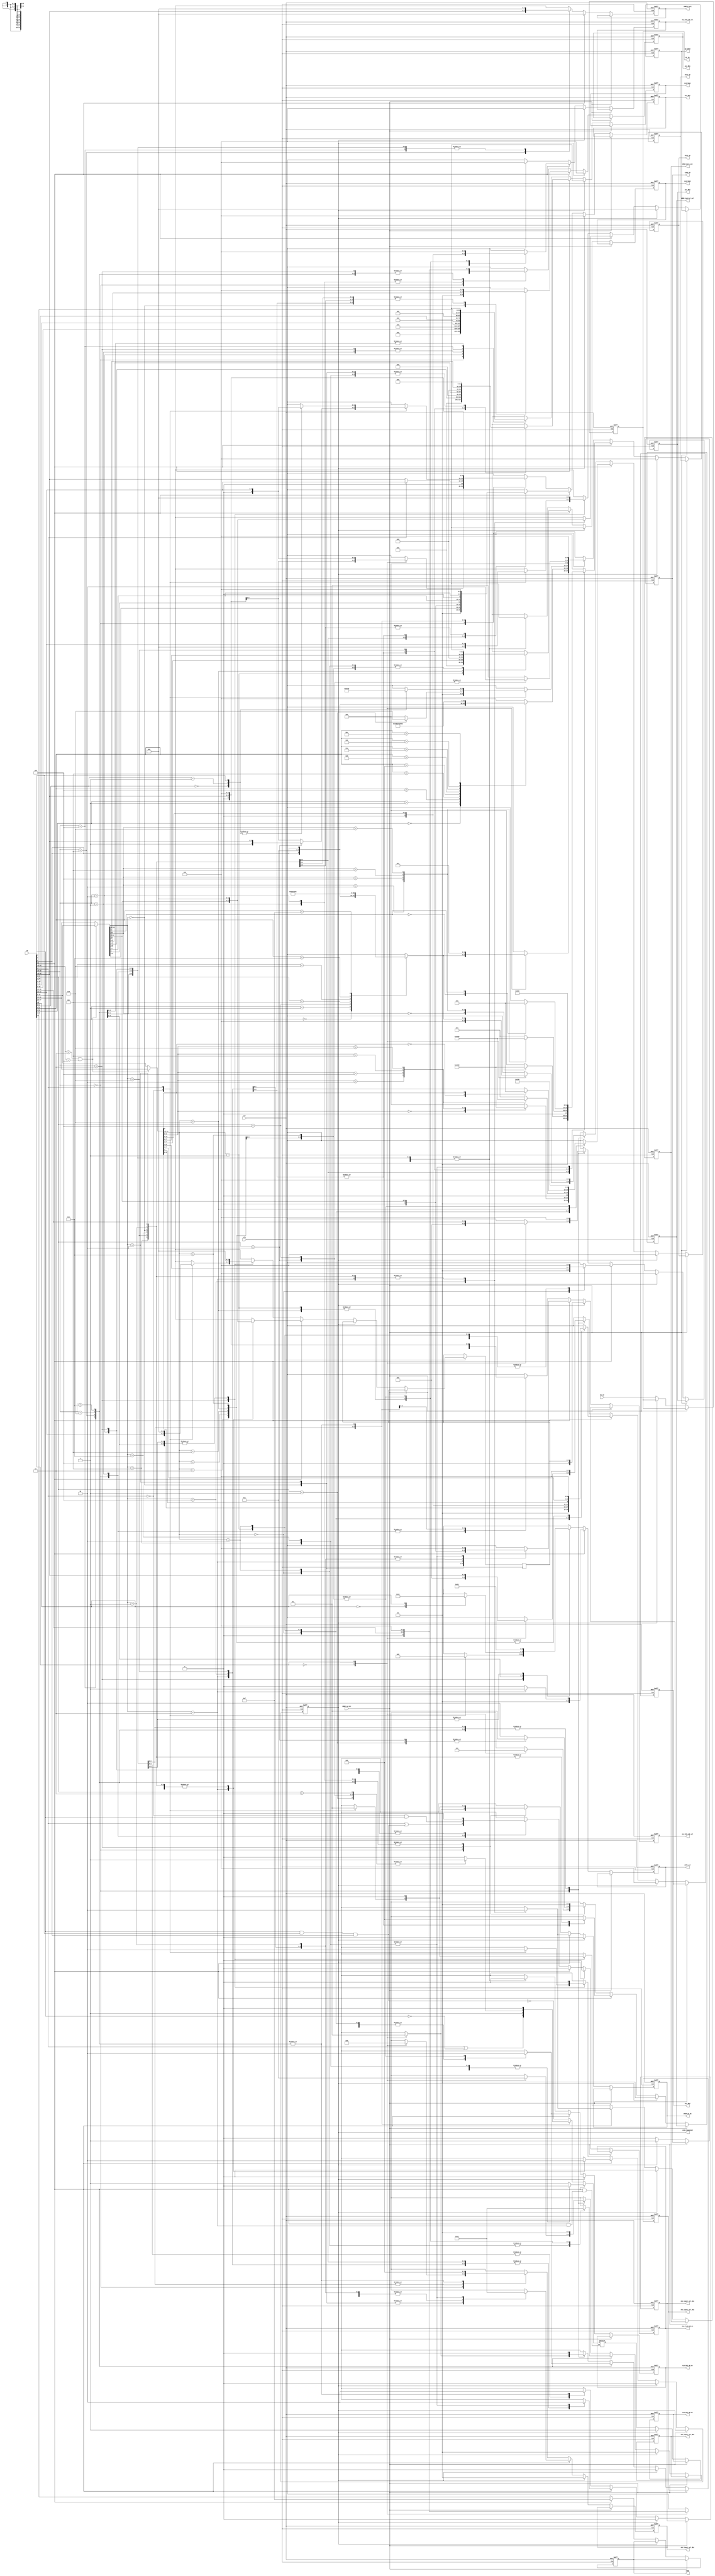
`timescale 1ns / 1ps
//////////////////////////////////////////////////////////////////////////////////

// Design Name:    KH32 & KH16
// Module Name:    CPU_ID 
// Project Name:   Throughput Processor 
// Description:    This part is the Decoder of the CPU core
//
// Revision: 1.0v
//
//////////////////////////////////////////////////////////////////////////////////
module CPU_ID(
input wire clk,
input wire rst,
////////INPUT///////////

//input wire [0:0] ID_state_en, //No need, because of the no hit & FLUSH method.
input wire [31:0] PC_IF,
input wire [31:0] IR,


////////OUTPUT//////////
output reg [0:0] 	ALU_input_sel_Ra1,
output reg [1:0] 	ALU_input_sel_Rb1,
output reg [0:0] 	ALU_input_sel_Ra2,
output reg [1:0] 	ALU_input_sel_Rb2,
output reg [31:0] 	PC_ID,
output reg [3:0] 	COND,
output reg [4:0] 	ALU1_op,
output reg [4:0] 	ALU_Ra1,
output reg [4:0] 	ALU_Rb1,
output reg [31:0] 	ALU_Imm1,
output reg [4:0] 	ALU2_op,
output reg [4:0] 	ALU_Ra2,
output reg [4:0] 	ALU_Rb2,
output reg [31:0] 	ALU_Imm2,

output reg [4:0] 	ALU_Rd1_WB_sel,
output reg [0:0] 	ALU_Rd1_WB_en,
output reg [4:0] 	ALU_Rd2_WB_sel,
output reg [0:0] 	ALU_Rd2_WB_en,
output reg [0:0] 	ALU_FLAG_WB_en,
output reg [1:0] 	DMEM_Control_sel,
output reg [0:0] 	DMEM_ID_WE,
output reg [0:0] 	DMEM_Data_sel,
output reg [3:0] 	Rd_DMEM,//Memory data Register assign select
////////Program counter///////////
output reg [2:0] 	JUMP_sel,
output reg [3:0] 	JUMP_R_sel,
////////INPUT for LOAD/////////////
output reg [0:0] 	LOAD_EN, //for Load in second clock
output reg [0:0]  	LOAD_happened,
input wire [0:0] 	DMEM_no_hit


    );

reg [0:0] 	ALU_input_sel_Ra1_o;
reg [1:0] 	ALU_input_sel_Rb1_o;
reg [0:0] 	ALU_input_sel_Ra2_o;
reg [1:0] 	ALU_input_sel_Rb2_o;
reg [3:0] 	COND_o;
reg [4:0] 	ALU1_op_o;
reg [4:0] 	ALU_Ra1_o;
reg [4:0] 	ALU_Rb1_o;
reg [31:0] ALU_Imm1_o;
reg [4:0] 	ALU2_op_o;
reg [4:0] 	ALU_Ra2_o;
reg [4:0] 	ALU_Rb2_o;
reg [31:0] ALU_Imm2_o;

reg [4:0] 	ALU_Rd1_WB_sel_o;
reg [0:0] 	ALU_Rd1_WB_en_o;
reg [4:0] 	ALU_Rd2_WB_sel_o;
reg [0:0] 	ALU_Rd2_WB_en_o;
reg [0:0] 	ALU_FLAG_WB_en_o;
reg [1:0] 	DMEM_Control_sel_o;
reg [0:0] 	DMEM_ID_WE_o;
reg [0:0] 	DMEM_Data_sel_o;
reg [3:0] 	Rd_DMEM_o;//Memory data Register assign select
////////Program counter///////////
reg [2:0] 	JUMP_sel_o;
reg [3:0] 	JUMP_R_sel_o;
////////INPUT for LOAD/////////////
reg [0:0] 	LOAD_EN_o; //for Load in second clock

reg [15:0] IR16_first;  	// [31:16]
reg [15:0] IR16_second;	// [15:0]
////////Make ID know the LOAD happen
reg [0:0]  LOAD_happened_o;
//reg [0:0]  	LOAD_happened;
reg [3:0] 	LOAD_Rd_tmp_o;
reg [3:0] 	LOAD_Rd_tmp;
/*
parameter MOV = 4'b0000;
parameter ADD = 4'b0001;
parameter SUB = 4'b0010;
parameter AND = 4'b0011;
parameter OR  = 4'b0100;
parameter XOR = 4'b0101;
parameter NOT = 4'b0110;//MVN
parameter SHL = 4'b0111;
parameter SHR = 4'b1000;
parameter ROL = 4'b1001;
parameter ROR = 4'b1010;
parameter ASR = 4'b1011;
parameter MOVi = 4'b1100;
parameter MVHi = 4'b1101;
parameter MVLi = 4'b1110;
parameter MVF = 4'b1111;
*/

always @(posedge clk or negedge rst )
if(!rst)
begin
ALU_input_sel_Ra1 <= 1'b0;
ALU_input_sel_Rb1 <= 2'b0;
ALU_input_sel_Ra2<= 1'b0;
ALU_input_sel_Rb2 <= 2'b0;
PC_ID <= 32'b0;
COND <= 4'b0;
ALU1_op <= 5'b0;
ALU_Ra1 <= 5'b0;
ALU_Rb1 <= 5'b0;
ALU_Imm1 <= 32'b0;
ALU2_op <= 5'b0;
ALU_Ra2 <= 5'b0;
ALU_Rb2 <= 5'b0;
ALU_Imm2 <= 32'b0;

ALU_Rd1_WB_sel <= 5'b0;
ALU_Rd1_WB_en <= 1'b0;
ALU_Rd2_WB_sel <= 5'b0;
ALU_Rd2_WB_en<= 1'b0;
ALU_FLAG_WB_en<= 1'b0;
DMEM_Control_sel <= 2'b0;
DMEM_ID_WE<= 1'b0;
DMEM_Data_sel<= 1'b0;
Rd_DMEM <= 4'b0;//Memory data Register assign select
////////Program counter///////////
JUMP_sel <= 3'b001;
JUMP_R_sel <= 4'b0;
////////INPUT for LOAD/////////////
LOAD_EN<= 1'b0; //for Load in second clock
LOAD_happened <= 1'b0;

end
else
begin
	if(!DMEM_no_hit)
	begin
		if(LOAD_happened)  //write back the LOAD value to Register
		begin
		PC_ID <= PC_ID;
		ALU_input_sel_Ra1	<=	1'b0;
		ALU_input_sel_Rb1	<=	2'b0;
		ALU_input_sel_Ra2	<=	1'b0;
		ALU_input_sel_Rb2	<=	2'b0;
		COND				<=	COND; //
		ALU1_op				<=	5'b00000;
		ALU_Ra1				<=	5'b00000;
		ALU_Rb1				<=	5'b00000;
		ALU_Imm1			<=	32'b0;
		ALU2_op				<=	5'b00000;
		ALU_Ra2				<=	5'b00000;
		ALU_Rb2				<=	5'b00000;
		ALU_Imm2			<=	32'b0;
		ALU_Rd1_WB_sel		<=	{1'b0,LOAD_Rd_tmp};
		ALU_Rd1_WB_en		<=	1'b1;
		ALU_Rd2_WB_sel		<=	5'b00000;
		ALU_Rd2_WB_en		<=	1'b0;
		ALU_FLAG_WB_en		<=	1'b0;
		DMEM_Control_sel	<=	2'b0;
		DMEM_ID_WE			<=	1'b0;
		DMEM_Data_sel		<=	1'b0;
		Rd_DMEM				<=	4'b0000;
			////////Program counter///////////
		JUMP_sel			<=	JUMP_sel_o;
		JUMP_R_sel			<=	JUMP_R_sel_o;
			////////INPUT for LOAD/////////////
		LOAD_EN				<=	1; //for Load in second clock
		LOAD_happened		<=	1'b0;	
		
		end
		else
		begin
		PC_ID <= PC_IF;
		ALU_input_sel_Ra1	<=	ALU_input_sel_Ra1_o;
		ALU_input_sel_Rb1	<=	ALU_input_sel_Rb1_o;
		ALU_input_sel_Ra2	<=	ALU_input_sel_Ra2_o;
		ALU_input_sel_Rb2	<=	ALU_input_sel_Rb2_o;
		COND				<=	COND_o;
		ALU1_op				<=	ALU1_op_o;
		ALU_Ra1				<=	ALU_Ra1_o;
		ALU_Rb1				<=	ALU_Rb1_o;
		ALU_Imm1			<=	ALU_Imm1_o;
		ALU2_op				<=	ALU2_op_o;
		ALU_Ra2				<=	ALU_Ra2_o;
		ALU_Rb2				<=	ALU_Rb2_o;
		ALU_Imm2			<=	ALU_Imm2_o;
				
		ALU_Rd1_WB_sel		<=	ALU_Rd1_WB_sel_o;
		ALU_Rd1_WB_en		<=	ALU_Rd1_WB_en_o;
		ALU_Rd2_WB_sel		<=	ALU_Rd2_WB_sel_o;
		ALU_Rd2_WB_en		<=	ALU_Rd2_WB_en_o;
		ALU_FLAG_WB_en		<=	ALU_FLAG_WB_en_o;
		DMEM_Control_sel	<=	DMEM_Control_sel_o;
		DMEM_ID_WE			<=	DMEM_ID_WE_o;
		DMEM_Data_sel		<=	DMEM_Data_sel_o;
		Rd_DMEM				<=	Rd_DMEM_o;
			////////Program counter///////////
		JUMP_sel			<=	JUMP_sel_o;
		JUMP_R_sel			<=	JUMP_R_sel_o;
			////////INPUT for LOAD/////////////
		LOAD_EN				<=	0; //for Load in second clock
		LOAD_happened		<=	LOAD_happened_o;	
		LOAD_Rd_tmp			<=	LOAD_Rd_tmp_o;
		
		end
	end
end

always @(*)
begin
	if(IR[31]) // KH16
	begin
		COND_o = 4'b1111;
		if(IR[14:12] == 3'b011 || IR[14:12] == 3'b100) //STR & LDR have to compute in ALU1.
		begin
			IR16_first	=	IR[15:0];
			IR16_second	= 	IR[31:16];
		end
		else 
		begin
			IR16_first	=	IR[31:16];
			IR16_second	= 	IR[15:0];
		end
			ALU_FLAG_WB_en_o		=	1'b0;
			JUMP_sel_o				=	(IR16_first[14:12] == 3'b011)? 3'b001 : 3'b000;	
			JUMP_R_sel_o			=	4'b0000;
			case(IR16_first[14:12]) // compute in ALU1
				3'b000: //ALU
					begin
						case(IR16_first[2:0])
							3'b000:  //ADD
								begin
									ALU1_op_o 	= 	5'b00001;
								end
							3'b010:  //SUB
								begin
									ALU1_op_o 	= 	5'b00010;
								end
							3'b100:  //AND
								begin
									ALU1_op_o 	= 	5'b00011;
								end
							3'b101:  //OR
								begin
									ALU1_op_o 	= 	5'b00100;
								end
							3'b110:  //XOR
								begin
									ALU1_op_o 	= 	5'b00101;
								end
							default:
								begin
									ALU1_op_o 	= 	5'b00000;
								end
						endcase
						ALU_input_sel_Ra1_o		= 	1'b1;
						ALU_input_sel_Rb1_o		=	2'b01;
					//	ALU1_op_o 				= 	5'b00001;
						ALU_Ra1_o				=	{2'b0,IR16_first[8:6]};
						ALU_Rb1_o				=	{2'b0,IR16_first[5:3]};
						ALU_Imm1_o				=	32'b0;	
						ALU_Rd1_WB_sel_o		=	{2'b0,IR16_first[11:9]};
						ALU_Rd1_WB_en_o			=	1'b1;
						////////////////////////////////////
						DMEM_Control_sel_o		=	2'b00;
						DMEM_ID_WE_o			=	1'b0;
						DMEM_Data_sel_o			=	1'b0;
						Rd_DMEM_o				=	4'b0000;								
						LOAD_happened_o			= 	1'b0;	
						LOAD_Rd_tmp_o			=	4'b0;
					end
				3'b001: //SHF
					begin
						case(IR16_first[2:0])
							3'b000:  //SHL
								begin
									ALU1_op_o 	= 	5'b00111;
								end
							3'b010:  //SHR
								begin
									ALU1_op_o 	= 	5'b01000;
								end
							3'b100:  //ROL
								begin
									ALU1_op_o 	= 	5'b01001;
								end
							3'b101:  //ROR
								begin
									ALU1_op_o 	= 	5'b01010;
								end
							3'b110:  //ASR
								begin
									ALU1_op_o 	= 	5'b01011;
								end
							default:
								begin
									ALU1_op_o 	= 	5'b00111;
								end
						endcase
						ALU_input_sel_Ra1_o		= 	1'b1;
						ALU_input_sel_Rb1_o		=	2'b10;
					//	ALU1_op_o 				= 	5'b00001;
						ALU_Ra1_o				=	{1'b0,IR16_first[11:8]};
						ALU_Rb1_o				=	5'b00000;
						ALU_Imm1_o				=	{27'b0,IR16_first[7:3]};
						ALU_Rd1_WB_sel_o		=	{1'b0,IR16_first[11:8]};
						ALU_Rd1_WB_en_o			=	1'b1;
						////////////////////////////////////
						DMEM_Control_sel_o		=	2'b00;
						DMEM_ID_WE_o			=	1'b0;
						DMEM_Data_sel_o			=	1'b0;
						Rd_DMEM_o				=	4'b0000;								
						LOAD_happened_o			= 	1'b0;	
						LOAD_Rd_tmp_o			=	4'b0;
					end
				3'b010: //MOV
					begin
						case(IR16_first[0])
							1'b0:  //MOV
								begin
									ALU1_op_o 	= 	5'b00000;
								end
							1'b1:  //MVN
								begin
									ALU1_op_o 	= 	5'b00110;
								end
						endcase
						ALU_input_sel_Ra1_o		= 	1'b1;
						ALU_input_sel_Rb1_o		=	2'b01;
					//	ALU1_op_o 				= 	5'b00000;
						ALU_Ra1_o				=	{IR16_first[1],IR16_first[7:4]};
						ALU_Rb1_o				=	5'b00000;
						ALU_Imm1_o				=	32'b0;	
						ALU_Rd1_WB_sel_o		=	{IR16_first[2],IR16_first[11:8]};
						ALU_Rd1_WB_en_o			=	1'b1;
						////////////////////////////////////
						DMEM_Control_sel_o		=	2'b00;
						DMEM_ID_WE_o			=	1'b0;
						DMEM_Data_sel_o			=	1'b0;
						Rd_DMEM_o				=	4'b0000;								
						LOAD_happened_o			= 	1'b0;	
						LOAD_Rd_tmp_o			=	4'b0;
					end
				3'b011: //LDR
					begin
						ALU_input_sel_Ra1_o		= 	1'b1;
						ALU_input_sel_Rb1_o		=	2'b10; //Imm
						ALU1_op_o 				= 	5'b00001;
						ALU_Ra1_o				=	{1'b0,IR16_first[7:4]};
						ALU_Rb1_o				=	5'b00000;
						ALU_Imm1_o				=	{28'b0,IR16_first[3:0]};	
						ALU_Rd1_WB_sel_o		=	{1'b0,IR16_first[7:4]};  // first write back the address counting
						////////////////////////////////////
						DMEM_Control_sel_o		=	2'b10;
						DMEM_ID_WE_o			=	1'b0;
						DMEM_Data_sel_o			=	1'b0;
						Rd_DMEM_o				=	4'b0000;								
						LOAD_happened_o			= 	1'b1;
						LOAD_Rd_tmp_o			=	IR16_first[11:8];
					end
				3'b100: //STR
					begin
						ALU_input_sel_Ra1_o		= 	1'b1;
						ALU_input_sel_Rb1_o		=	2'b10; //Imm
						ALU1_op_o 				= 	5'b00001;
						ALU_Ra1_o				=	{1'b0,IR16_first[7:4]};
						ALU_Rb1_o				=	5'b00000;
						ALU_Imm1_o				=	{28'b0,IR16_first[3:0]};
						ALU_Rd1_WB_sel_o		=	{1'b0,IR16_first[11:8]};  // first write back the address counting
						ALU_Rd1_WB_en_o			=	1'b0;
						////////////////////////////////////
						DMEM_Control_sel_o		=	2'b10;
						DMEM_ID_WE_o			=	1'b1;
						DMEM_Data_sel_o			=	1'b1;
						Rd_DMEM_o				=	IR16_first[11:8];								
						LOAD_happened_o			= 	1'b0;
						LOAD_Rd_tmp_o			=	4'b0;
					end
				3'b101: //CUST2
					begin
						ALU_input_sel_Ra1_o		= 	1'b0;
						ALU_input_sel_Rb1_o		=	2'b00;
						ALU1_op_o 				= 	5'b00000;
						ALU_Ra1_o				=	5'b0;
						ALU_Rb1_o				=	5'b0;
						ALU_Imm1_o				=	32'b0;	
						ALU_Rd1_WB_sel_o		=	5'b0;
						ALU_Rd1_WB_en_o			=	1'b0;
						////////////////////////////////////
						DMEM_Control_sel_o		=	2'b00;
						DMEM_ID_WE_o			=	1'b0;
						DMEM_Data_sel_o			=	1'b0;
						Rd_DMEM_o				=	4'b0000;								
						LOAD_happened_o			= 	1'b0;	
						LOAD_Rd_tmp_o			=	4'b0;
					end
				3'b110: //MOVi
					begin
						ALU_input_sel_Ra1_o		= 	1'b1;
						ALU_input_sel_Rb1_o		=	2'b10;
						ALU1_op_o 				= 	5'b01100;
						ALU_Ra1_o				=	5'b00000;
						ALU_Rb1_o				=	5'b00000;
						ALU_Imm1_o				=	{24'b0,IR16_first[7:0]};	
						ALU_Rd1_WB_sel_o		=	{1'b0,IR16_first[11:8]};
						ALU_Rd1_WB_en_o			=	1'b1;
						////////////////////////////////////
						DMEM_Control_sel_o		=	2'b00;
						DMEM_ID_WE_o			=	1'b0;
						DMEM_Data_sel_o			=	1'b0;
						Rd_DMEM_o				=	4'b0000;								
						LOAD_happened_o			= 	1'b0;	
						LOAD_Rd_tmp_o			=	4'b0;
					end
				3'b111: //CUST3
					begin
						ALU_input_sel_Ra1_o		= 	1'b0;
						ALU_input_sel_Rb1_o		=	2'b00;
						ALU1_op_o 				= 	5'b00000;
						ALU_Ra1_o				=	5'b0;
						ALU_Rb1_o				=	5'b0;
						ALU_Imm1_o				=	32'b0;	
						ALU_Rd1_WB_sel_o		=	5'b0;
						ALU_Rd1_WB_en_o			=	1'b0;
						////////////////////////////////////
						DMEM_Control_sel_o		=	2'b00;
						DMEM_ID_WE_o			=	1'b0;
						DMEM_Data_sel_o			=	1'b0;
						Rd_DMEM_o				=	4'b0000;								
						LOAD_happened_o			= 	1'b0;	
						LOAD_Rd_tmp_o			=	4'b0;
					end
			endcase
			
			
			case(IR16_second[14:12]) // compute in ALU2
				3'b000: //ALU
					begin
						case(IR16_second[2:0])
							3'b000:  //ADD
								begin
									ALU2_op_o 	= 	5'b00001;
								end
							3'b010:  //SUB
								begin
									ALU2_op_o 	= 	5'b00010;
								end
							3'b100:  //AND
								begin
									ALU2_op_o 	= 	5'b00011;
								end
							3'b101:  //OR
								begin
									ALU2_op_o 	= 	5'b00100;
								end
							3'b110:  //XOR
								begin
									ALU2_op_o 	= 	5'b00101;
								end
							default:
								begin
									ALU2_op_o 	= 	5'b00000;
								end
						endcase
					
						ALU_input_sel_Ra2_o		=	1'b1;
						ALU_input_sel_Rb2_o		=	2'b01;
					//	ALU2_op_o				=	{5'b0};
						ALU_Ra2_o				=	{2'b0,IR16_second[8:6]};
						ALU_Rb2_o				=	{2'b0,IR16_second[5:3]};
						ALU_Imm2_o				=	{32'b0};		
						ALU_Rd2_WB_sel_o		= 	{2'b0,IR16_second[11:9]};
						ALU_Rd2_WB_en_o			=	1'b1;
					end
				3'b001: //SHF
					begin
						case(IR16_second[2:0])
							3'b000:  //SHL
								begin
									ALU2_op_o 	= 	5'b00111;
								end
							3'b010:  //SHR
								begin
									ALU2_op_o 	= 	5'b01000;
								end
							3'b100:  //ROL
								begin
									ALU2_op_o 	= 	5'b01001;
								end
							3'b101:  //ROR
								begin
									ALU2_op_o 	= 	5'b01010;
								end
							3'b110:  //ASR
								begin
									ALU2_op_o 	= 	5'b01011;
								end
							default:
								begin
									ALU2_op_o 	= 	5'b00111;
								end
						endcase
						ALU_input_sel_Ra2_o		=	1'b1;
						ALU_input_sel_Rb2_o		=	2'b10;
					//	ALU2_op_o				=	{5'b0};
						ALU_Ra2_o				=	{1'b0,IR16_second[11:8]};
						ALU_Rb2_o				=	5'b00000;
						ALU_Imm2_o				=	{27'b0,IR16_second[7:3]};		
						ALU_Rd2_WB_sel_o		= 	{1'b0,IR16_second[11:8]};
						ALU_Rd2_WB_en_o			=	1'b1;
					end
				3'b010: //MOV
					begin
						case(IR16_second[0])
							1'b0:  //MOV
								begin
									ALU2_op_o 	= 	5'b00000;
								end
							1'b1:  //MVN
								begin
									ALU2_op_o 	= 	5'b00110;
								end
						endcase
						ALU_input_sel_Ra2_o		=	1'b1;
						ALU_input_sel_Rb2_o		=	2'b01;
					//	ALU2_op_o				=	{5'b0};
						ALU_Ra2_o				=	{IR16_second[1],IR16_second[7:4]};
						ALU_Rb2_o				=	5'b00000;
						ALU_Imm2_o				=	32'b0;	
						ALU_Rd2_WB_sel_o		= 	{IR16_second[2],IR16_second[11:8]};
						ALU_Rd2_WB_en_o			=	1'b1;
					end
				3'b011: //LDR **Nothing happend here
					begin
						ALU_input_sel_Ra2_o		=	1'b0;
						ALU_input_sel_Rb2_o		=	2'b00;
						ALU2_op_o				=	{5'b0};
						ALU_Ra2_o				=	{5'b0};
						ALU_Rb2_o				=	{5'b0};
						ALU_Imm2_o				=	{32'b0};		
						ALU_Rd2_WB_sel_o		= 	{5'b0};
						ALU_Rd2_WB_en_o			=	1'b0;
					end
				3'b100: //STR **Nothing happend here
					begin
						ALU_input_sel_Ra2_o		=	1'b0;
						ALU_input_sel_Rb2_o		=	2'b00;
						ALU2_op_o				=	{5'b0};
						ALU_Ra2_o				=	{5'b0};
						ALU_Rb2_o				=	{5'b0};
						ALU_Imm2_o				=	{32'b0};		
						ALU_Rd2_WB_sel_o		= 	{5'b0};
						ALU_Rd2_WB_en_o			=	1'b0;
					end
				3'b101: //CUST2
					begin
						ALU_input_sel_Ra2_o		=	1'b0;
						ALU_input_sel_Rb2_o		=	2'b00;
						ALU2_op_o				=	{5'b0};
						ALU_Ra2_o				=	{5'b0};
						ALU_Rb2_o				=	{5'b0};
						ALU_Imm2_o				=	{32'b0};		
						ALU_Rd2_WB_sel_o		= 	{5'b0};
						ALU_Rd2_WB_en_o			=	1'b0;
					end
				3'b110: //MOVi
					begin
						ALU_input_sel_Ra2_o		=	1'b1;
						ALU_input_sel_Rb2_o		=	2'b10;
						ALU2_op_o				=	5'b01100;
						ALU_Ra2_o				=	{5'b0};
						ALU_Rb2_o				=	{5'b0};
						ALU_Imm2_o				=	{24'b0,IR16_second[7:0]};		
						ALU_Rd2_WB_sel_o		= 	{1'b0,IR16_second[11:8]};
						ALU_Rd2_WB_en_o			=	1'b1;
					end
				3'b111: //CUST3
					begin
						ALU_input_sel_Ra2_o		=	1'b0;
						ALU_input_sel_Rb2_o		=	2'b00;
						ALU2_op_o				=	{5'b0};
						ALU_Ra2_o				=	{5'b0};
						ALU_Rb2_o				=	{5'b0};
						ALU_Imm2_o				=	{32'b0};		
						ALU_Rd2_WB_sel_o		= 	{5'b0};
						ALU_Rd2_WB_en_o			=	1'b0;
					end
			endcase
	end
	
	
	else 		//KH32
	begin
		COND_o = IR[27:24];
		case(IR[30:28])
			3'b000: //ALU
				begin
					LOAD_Rd_tmp_o			=	4'b0;
					case(IR[11])
						1'b0:
							begin
								casex(IR[3:0]) // ALU1_op_o
									4'b?00? : //ADD
										begin
											ALU1_op_o = {IR[0],4'b0001};
										end
									4'b?01? : //SUB
										begin
											ALU1_op_o = {IR[0],4'b0010};
										end
									4'b?100 : //AND
										begin
											ALU1_op_o = 5'b00011;
										end
									4'b?101 : //OR
										begin
											ALU1_op_o = 5'b00100;
										end
									4'b?110 ://XOR
										begin
											ALU1_op_o = 5'b00101;
										end
									4'b0111://CMP
										begin
											ALU1_op_o = 5'b00010;
										end
									4'b1111://CMN
										begin
											ALU1_op_o = 5'b00001;
										end
								endcase	
								ALU_input_sel_Ra1_o		= 	1'b1;
								ALU_input_sel_Rb1_o		=	2'b01;
								ALU_input_sel_Ra2_o		=	1'b0;
								ALU_input_sel_Rb2_o		=	2'b00;
								ALU_Ra1_o				=	{1'b0,IR[19:16]};
								ALU_Rb1_o				=	{1'b0,IR[15:12]};
								ALU_Imm1_o				=	{25'b0,IR[10:4]};
								ALU2_op_o				=	{5'b0};
								ALU_Ra2_o				=	{5'b0};	
								ALU_Rb2_o				=	{5'b0};
								ALU_Imm2_o				=	{32'b0};		
								ALU_Rd1_WB_sel_o		=	{1'b0,IR[23:20]};
								ALU_Rd1_WB_en_o			=	~(IR[2] & IR[1] & IR[0]); 
								ALU_Rd2_WB_sel_o		= 	{5'b0};
								ALU_Rd2_WB_en_o			=	1'b0;
								ALU_FLAG_WB_en_o		=	IR[3] | (IR[2] & IR[1] & IR[0]);
								////////////////////////////////////
								DMEM_Control_sel_o		=	2'b00;
								DMEM_ID_WE_o			=	1'b0;
								DMEM_Data_sel_o			=	1'b0;
								Rd_DMEM_o				=	4'b0000;								
								JUMP_sel_o				=	3'b000;	
								JUMP_R_sel_o			=	4'b0000;
								LOAD_happened_o			= 	1'b0;
							end
						1'b1:
							begin
								casex(IR[3:0]) // ALU1_op_o
									4'b?00? : //ADD
										begin
											ALU2_op_o = {IR[0],4'b0001};
										end
									4'b?01? : //SUB
										begin
											ALU2_op_o = {IR[0],4'b0010};
										end
									4'b?100 : //AND
										begin
											ALU2_op_o = 5'b00011;
										end
									4'b?101 : //OR
										begin
											ALU2_op_o = 5'b00100;
										end
									4'b?110 ://XOR
										begin
											ALU2_op_o = 5'b00101;
										end
									4'b0111://CMP
										begin
											ALU2_op_o = 5'b00010;
										end
									4'b1111://CMN
										begin
											ALU2_op_o = 5'b00001;
										end
								endcase	
								ALU_input_sel_Ra1_o		= 	1'b1;
								ALU_input_sel_Rb1_o		=	2'b10;  // Imm
								ALU_input_sel_Ra2_o		=	1'b1;
								ALU_input_sel_Rb2_o		=	2'b01;  // R
								ALU1_op_o				=	{5'b00001};
								ALU_Ra1_o				=	{1'b0,IR[23:20]};
								ALU_Rb1_o				=	{5'b0};
								ALU_Imm1_o				=	{25'b0,IR[10:4]};
								ALU_Ra2_o				=	{1'b0,IR[19:16]};	
								ALU_Rb2_o				=	{1'b0,IR[15:12]};
								ALU_Imm2_o				=	{32'b0};		
								ALU_Rd1_WB_sel_o		=	{1'b0,IR[23:20]};
								ALU_Rd1_WB_en_o			=	~(IR[2] & IR[1] & IR[0]); 
								ALU_Rd2_WB_sel_o		= 	{5'b0};
								ALU_Rd2_WB_en_o			=	1'b0;
								ALU_FLAG_WB_en_o		=	IR[3] | (IR[2] & IR[1] & IR[0]);
								////////////////////////////////////
								DMEM_Control_sel_o		=	2'b10;
								DMEM_ID_WE_o			=	1'b1;
								DMEM_Data_sel_o			=	1'b0;
								Rd_DMEM_o				=	4'b0000;								
								JUMP_sel_o				=	3'b000;	
								JUMP_R_sel_o			=	4'b0000;
								LOAD_happened_o			= 	1'b0;
							end
					endcase
				end
			3'b001: //ALU
				begin 
					casex(IR[3:0]) // ALU1_op_o
						4'b000? : //ADDi
							begin
								ALU1_op_o = {IR[0],4'b0001};
							end
						4'b001? : //SUBi
							begin
								ALU1_op_o = {IR[0],4'b0010};
							end
						4'b0100://CMPi
							begin
								ALU1_op_o = 5'b00010;
							end
						4'b0101://CMNi
							begin
								ALU1_op_o = 5'b00001;
							end
						4'b1000://SHL
							begin
								ALU1_op_o = 5'b00111;
							end
						4'b1001://SHR
							begin
								ALU1_op_o = 5'b01000;
							end
						4'b1010://ROL
							begin
								ALU1_op_o = 5'b01001;
							end
						4'b1011://ROR
							begin
								ALU1_op_o = 5'b01010;
							end
						4'b1100://ASR
							begin
								ALU1_op_o = 5'b01011;
							end
						default:
							begin
								ALU1_op_o = 5'b00000;
							end
					endcase	
					ALU_input_sel_Ra1_o		= 	1'b1;
					ALU_input_sel_Rb1_o		=	2'b10;
					ALU_input_sel_Ra2_o		=	1'b0;
					ALU_input_sel_Rb2_o		=	2'b00;
					ALU_Ra1_o				=	IR[3]? {1'b0,IR[23:20]} :{1'b0,IR[19:16]} ;
					ALU_Rb1_o				=	{1'b0,IR[15:12]};
					ALU_Imm1_o				=	{20'b0,IR[15:4]};
					ALU2_op_o				=	{5'b0};
					ALU_Ra2_o				=	{5'b0};	
					ALU_Rb2_o				=	{5'b0};
					ALU_Imm2_o				=	{32'b0};		
					ALU_Rd1_WB_sel_o		=	{1'b0,IR[23:20]};
					ALU_Rd1_WB_en_o			=	(IR[3]) | (~IR[2]);
					ALU_Rd2_WB_sel_o		= 	{5'b0};
					ALU_Rd2_WB_en_o			=	1'b0;
					ALU_FLAG_WB_en_o		=	(~IR[3]) & IR[2];
					//////////////////////////////////////////////
					DMEM_Control_sel_o		=	2'b00;
					DMEM_ID_WE_o			=	1'b0;
					DMEM_Data_sel_o			=	1'b0;
					Rd_DMEM_o				=	4'b0000;								
					JUMP_sel_o				=	3'b000;	
					JUMP_R_sel_o			=	4'b0000;
					LOAD_happened_o			= 	1'b0;
					LOAD_Rd_tmp_o			=	4'b0;
				end
			3'b010: //MOV
				begin
					case(IR[3]) // ALU1_op_o
						1'b0:
							begin
								case(IR[2:0]) // ALU1_op_o
		/*							3'b000: //MOV
										begin
											ALU1_op_o 				=	5'b00000;
											ALU_Ra1_o				=	{1'b0,IR[19:16]} ;
										end*/
									3'b001: //MVN
										begin
											ALU1_op_o 				= 	5'b00110;
											ALU_Ra1_o				=	{1'b0,IR[19:16]} ;
										end
									3'b010: //MVSR
										begin
											ALU1_op_o 				= 	5'b00000;
											ALU_Ra1_o				=	{1'b1,IR[19:16]} ;
										end
									3'b100: //MVRS
										begin
											ALU1_op_o 				= 	5'b00000;
											ALU_Ra1_o				=	{1'b0,IR[19:16]} ;
										end
									default: //MOV
										begin
											ALU1_op_o 				=	5'b00000;
											ALU_Ra1_o				=	{1'b0,IR[19:16]} ;
										end
								endcase
							end
						1'b1:
							begin
								casex(IR[1:0]) // ALU1_op_o
									2'b00: //MOVi
										begin
											ALU1_op_o 				=	5'b01100;
											ALU_Ra1_o				=	{1'b0,IR[23:20]} ;
										end
									2'b01: //MVHi
										begin
											ALU1_op_o 				= 	5'b01101;
											ALU_Ra1_o				=	{1'b0,IR[23:20]} ;
										end
									2'b1?: //MVLi
										begin
											ALU1_op_o 				= 	5'b01110;
											ALU_Ra1_o				=	{1'b0,IR[23:20]} ;
										end
								endcase
							end
					endcase		
					ALU_input_sel_Ra1_o		= 	1'b1;
					ALU_input_sel_Rb1_o		=	2'b10;
					ALU_input_sel_Ra2_o		=	1'b0;
					ALU_input_sel_Rb2_o		=	2'b00;
					ALU_Rb1_o				=	{1'b0,IR[15:12]};
					ALU_Imm1_o				= 	{16'b0,IR[19:4]};
					ALU2_op_o				=	{5'b0};
					ALU_Ra2_o				=	{5'b0};	
					ALU_Rb2_o				=	{5'b0};
					ALU_Imm2_o				=	{32'b0};		
					ALU_Rd1_WB_sel_o		=	{IR[2],IR[23:20]};
					ALU_Rd1_WB_en_o			=	1'b1;
					ALU_Rd2_WB_sel_o		= 	{5'b0};
					ALU_Rd2_WB_en_o			=	1'b0;
					ALU_FLAG_WB_en_o		=	1'b0;
					//////////////////////////////////////////////
					DMEM_Control_sel_o		=	2'b00;
					DMEM_ID_WE_o			=	1'b0;
					DMEM_Data_sel_o			=	1'b0;
					Rd_DMEM_o				=	4'b0000;								
					JUMP_sel_o				=	3'b000;	
					JUMP_R_sel_o			=	4'b0000;
					LOAD_happened_o			= 	1'b0;
					LOAD_Rd_tmp_o			=	4'b0;
				end
			3'b011: //LDR & STR
				begin
					case(IR[3])
						1'b0:  //LDR
							begin
								case(IR[2:0]) // ALU1_op_o
	/*								3'b000 : //LDR
										begin
											DMEM_Control_sel_o		=	2'b10;  //Ra1
											ALU1_op_o 				= 	5'b00001;
											ALU_Rd1_WB_en_o			=	1'b0;
										end*/
									3'b001 : //LDRIA
										begin
											DMEM_Control_sel_o		=	2'b01;  //Ra1
											ALU1_op_o 				= 	5'b00001;
											ALU_Rd1_WB_en_o			=	1'b1;
										end
									3'b010 : //LDRDA
										begin
											DMEM_Control_sel_o		=	2'b01;  //Ra1
											ALU1_op_o 				= 	5'b00010;
											ALU_Rd1_WB_en_o			=	1'b1;
										end
									3'b011 : //LDRIB
										begin
											DMEM_Control_sel_o		=	2'b10;  //Ra1
											ALU1_op_o 				= 	5'b00001;
											ALU_Rd1_WB_en_o			=	1'b1;
										end
									3'b100 : //LDRDB
										begin
											DMEM_Control_sel_o		=	2'b10;  //Ra1
											ALU1_op_o 				= 	5'b00010;
											ALU_Rd1_WB_en_o			=	1'b1;
										end
									default:
										begin
											DMEM_Control_sel_o		=	2'b10;  //Ra1
											ALU1_op_o 				= 	5'b00001;
											ALU_Rd1_WB_en_o			=	1'b0;
										end
								endcase	
								ALU_input_sel_Ra1_o		= 	1'b1;
								ALU_input_sel_Rb1_o		=	2'b10; //Imm
								ALU_input_sel_Ra2_o		=	1'b0;
								ALU_input_sel_Rb2_o		=	2'b00;
						//		ALU1_op_o 				= 	5'b00001;
								ALU_Ra1_o				=	{1'b0,IR[19:16]};
								ALU_Rb1_o				=	5'b00000;
								ALU_Imm1_o				=	{20'b0,IR[15:4]};
								ALU2_op_o				=	{5'b0};
								ALU_Ra2_o				=	{5'b0};	
								ALU_Rb2_o				=	{5'b0};
								ALU_Imm2_o				=	{32'b0};		
								ALU_Rd1_WB_sel_o		=	{1'b0,IR[19:16]};  // first write back the address counting
						//		ALU_Rd1_WB_en_o			=	1'b0;
								ALU_Rd2_WB_sel_o		= 	{5'b0};
								ALU_Rd2_WB_en_o			=	1'b0;
								ALU_FLAG_WB_en_o		=	1'b0;
								////////////////////////////////////
							//	DMEM_Control_sel_o		=	2'b10;
								DMEM_ID_WE_o			=	1'b0;
								DMEM_Data_sel_o			=	1'b0;
								Rd_DMEM_o				=	4'b0000;								
								JUMP_sel_o				=	3'b001;	
								JUMP_R_sel_o			=	4'b0000;
								LOAD_happened_o			= 	1'b1;
								LOAD_Rd_tmp_o			=	IR[23:20];
							end
						1'b1: //STR
							begin
								case(IR[2:0]) // ALU1_op_o
	/*								3'b000 : //STR
										begin
											DMEM_Control_sel_o		=	2'b10;  //Ra1
											ALU1_op_o 				= 	5'b00001;
											ALU_Rd1_WB_en_o			=	1'b0;
										end*/
									3'b001 : //STRIA
										begin
											DMEM_Control_sel_o		=	2'b01;  //Ra1
											ALU1_op_o 				= 	5'b00001;
											ALU_Rd1_WB_en_o			=	1'b1;
										end
									3'b010 : //STRDA
										begin
											DMEM_Control_sel_o		=	2'b01;  //Ra1
											ALU1_op_o 				= 	5'b00010;
											ALU_Rd1_WB_en_o			=	1'b1;
										end
									3'b011 : //STRIB
										begin
											DMEM_Control_sel_o		=	2'b10;  //Ra1
											ALU1_op_o 				= 	5'b00001;
											ALU_Rd1_WB_en_o			=	1'b1;
										end
									3'b100 : //STRDB
										begin
											DMEM_Control_sel_o		=	2'b10;  //Ra1
											ALU1_op_o 				= 	5'b00010;
											ALU_Rd1_WB_en_o			=	1'b1;
										end
									default:
										begin
											DMEM_Control_sel_o		=	2'b10;  //Ra1
											ALU1_op_o 				= 	5'b00001;
											ALU_Rd1_WB_en_o			=	1'b0;
										end
								endcase	
								ALU_input_sel_Ra1_o		= 	1'b1;
								ALU_input_sel_Rb1_o		=	2'b10; //Imm
								ALU_input_sel_Ra2_o		=	1'b0;
								ALU_input_sel_Rb2_o		=	2'b00;
						//		ALU1_op_o 				= 	5'b00001;
								ALU_Ra1_o				=	{1'b0,IR[19:16]};
								ALU_Rb1_o				=	5'b00000;
								ALU_Imm1_o				=	{20'b0,IR[15:4]};
								ALU2_op_o				=	{5'b0};
								ALU_Ra2_o				=	{5'b0};	
								ALU_Rb2_o				=	{5'b0};
								ALU_Imm2_o				=	{32'b0};		
								ALU_Rd1_WB_sel_o		=	{1'b0,IR[19:16]};  // first write back the address counting
						//		ALU_Rd1_WB_en_o			=	1'b0;
								ALU_Rd2_WB_sel_o		= 	{5'b0};
								ALU_Rd2_WB_en_o			=	1'b0;
								ALU_FLAG_WB_en_o		=	1'b0;
								////////////////////////////////////
							//	DMEM_Control_sel_o		=	2'b10;
								DMEM_ID_WE_o			=	1'b1;
								DMEM_Data_sel_o			=	1'b1;
								Rd_DMEM_o				=	IR[23:20];								
								JUMP_sel_o				=	3'b000;	
								JUMP_R_sel_o			=	4'b0000;
								LOAD_happened_o			= 	1'b0;
								LOAD_Rd_tmp_o			=	4'b0;
							end
					endcase		
				end
			3'b100: //B
				begin  
					case(IR[23])
						1'b0:
							begin
								JUMP_sel_o				=	3'b010;	
							end
						1'b1:
							begin
								JUMP_sel_o				=	3'b011;	
							end
					endcase
					ALU_input_sel_Ra1_o		= 	1'b0;
					ALU_input_sel_Rb1_o		=	2'b00;
					ALU_input_sel_Ra2_o		=	1'b0;
					ALU_input_sel_Rb2_o		=	2'b00;
					ALU1_op_o 				= 	5'b00000;
					ALU_Ra1_o				=	{5'b0};
					ALU_Rb1_o				=	{5'b0};
					ALU_Imm1_o				=	{9'b0,IR[22:0]};
					ALU2_op_o				=	{5'b0};
					ALU_Ra2_o				=	{5'b0};	
					ALU_Rb2_o				=	{5'b0};
					ALU_Imm2_o				=	{32'b0};		
					ALU_Rd1_WB_sel_o		=	{5'b0};
					ALU_Rd1_WB_en_o			=	1'b0;
					ALU_Rd2_WB_sel_o		= 	{5'b0};
					ALU_Rd2_WB_en_o			=	1'b0;
					ALU_FLAG_WB_en_o		=	1'b0;
					//////////////////////////////////////////////
					DMEM_Control_sel_o		=	2'b00;
					DMEM_ID_WE_o			=	1'b0;
					DMEM_Data_sel_o			=	1'b0;
					Rd_DMEM_o				=	4'b0000;	
				//	JUMP_sel_o				=	3'b000;	
					JUMP_R_sel_o			=	4'b0000;
					LOAD_happened_o			= 	1'b0;
					LOAD_Rd_tmp_o			=	4'b0;
				end
			3'b101: //JP
				begin  
					ALU_input_sel_Ra1_o		= 	1'b0;
					ALU_input_sel_Rb1_o		=	2'b00;
					ALU_input_sel_Ra2_o		=	1'b0;
					ALU_input_sel_Rb2_o		=	2'b00;
					ALU1_op_o 				= 	5'b00000;
					ALU_Ra1_o				=	{5'b0};
					ALU_Rb1_o				=	{5'b0};
					ALU_Imm1_o				=	{32'b0};
					ALU2_op_o				=	{5'b0};
					ALU_Ra2_o				=	{5'b0};	
					ALU_Rb2_o				=	{5'b0};
					ALU_Imm2_o				=	{32'b0};		
					ALU_Rd1_WB_sel_o		=	{5'b0};
					ALU_Rd1_WB_en_o			=	1'b0;
					ALU_Rd2_WB_sel_o		= 	{5'b0};
					ALU_Rd2_WB_en_o			=	1'b0;
					ALU_FLAG_WB_en_o		=	1'b0;
					//////////////////////////////////////////////
					DMEM_Control_sel_o		=	2'b00;
					DMEM_ID_WE_o			=	1'b0;
					DMEM_Data_sel_o			=	1'b0;
					Rd_DMEM_o				=	4'b0000;	
					JUMP_sel_o				=	3'b100;	
					JUMP_R_sel_o			=	IR[19:16];
					LOAD_happened_o			= 	1'b0;
					LOAD_Rd_tmp_o			=	4'b0;
				end
			3'b110: //CUST1
				begin 
					ALU_input_sel_Ra1_o		= 	1'b0;
					ALU_input_sel_Rb1_o		=	2'b00;
					ALU_input_sel_Ra2_o		=	1'b0;
					ALU_input_sel_Rb2_o		=	2'b00;
					ALU1_op_o 				= 	5'b00000;
					ALU_Ra1_o				=	{5'b0};
					ALU_Rb1_o				=	{5'b0};
					ALU_Imm1_o				=	{32'b0};
					ALU2_op_o				=	{5'b0};
					ALU_Ra2_o				=	{5'b0};	
					ALU_Rb2_o				=	{5'b0};
					ALU_Imm2_o				=	{32'b0};		
					ALU_Rd1_WB_sel_o		=	{5'b0};
					ALU_Rd1_WB_en_o			=	1'b0;
					ALU_Rd2_WB_sel_o		= 	{5'b0};
					ALU_Rd2_WB_en_o			=	1'b0;
					ALU_FLAG_WB_en_o		=	1'b0;
					//////////////////////////////////////////////
					DMEM_Control_sel_o		=	2'b00;
					DMEM_ID_WE_o			=	1'b0;
					DMEM_Data_sel_o			=	1'b0;
					Rd_DMEM_o				=	4'b0000;	
					JUMP_sel_o				=	3'b000;	
					JUMP_R_sel_o			=	4'b0000;
					LOAD_happened_o			= 	1'b0;
					LOAD_Rd_tmp_o			=	4'b0;
				end
			3'b111: //HALT
				begin 
					ALU_input_sel_Ra1_o		= 	1'b0;
					ALU_input_sel_Rb1_o		=	2'b00;
					ALU_input_sel_Ra2_o		=	1'b0;
					ALU_input_sel_Rb2_o		=	2'b00;
					ALU1_op_o 				= 	5'b00000;
					ALU_Ra1_o				=	{5'b0};
					ALU_Rb1_o				=	{5'b0};
					ALU_Imm1_o				=	{32'b0};
					ALU2_op_o				=	{5'b0};
					ALU_Ra2_o				=	{5'b0};	
					ALU_Rb2_o				=	{5'b0};
					ALU_Imm2_o				=	{32'b0};		
					ALU_Rd1_WB_sel_o		=	{5'b0};
					ALU_Rd1_WB_en_o			=	1'b0;
					ALU_Rd2_WB_sel_o		= 	{5'b0};
					ALU_Rd2_WB_en_o			=	1'b0;
					ALU_FLAG_WB_en_o		=	1'b0;
					//////////////////////////////////////////////
					DMEM_Control_sel_o		=	2'b00;
					DMEM_ID_WE_o			=	1'b0;
					DMEM_Data_sel_o			=	1'b0;
					Rd_DMEM_o				=	4'b0000;	
					JUMP_sel_o				=	3'b000;	
					JUMP_R_sel_o			=	4'b0000;
					LOAD_happened_o			= 	1'b0;
					LOAD_Rd_tmp_o			=	4'b0;
				end
		endcase
	end
end


endmodule